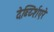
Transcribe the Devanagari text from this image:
देर्ब्य्शिएरे